Mental hospitals Bombay report 1929-33 - 1929-1933
Year: 1929
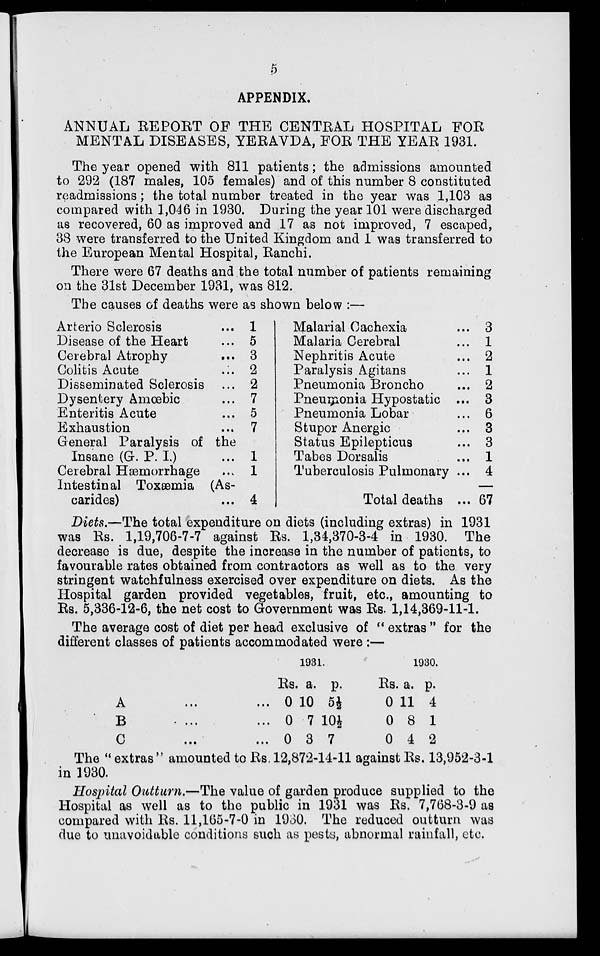
5
APPENDIX.
ANNUAL REPORT OF THE CENTRAL HOSPITAL FOR
MENTAL DISEASES, YERAVDA, FOR THE YEAR 1931.
The year opened with 811 patients; the admissions amounted
to 292 (187 males, 105 females) and of this number 8 constituted
readmissions; the total number treated in the year was 1,103 as
compared with 1,046 in 1930. During the year 101 were discharged
as recovered, 60 as improved and 17 as not improved, 7 escaped,
38 were transferred to the United Kingdom and 1 was transferred to
the European Mental Hospital, Ranchi.
There were 67 deaths and the total number of patients remaining
on the 31st December 1931, was 812.
The causes of deaths were as shown below :—
Arterio Sclerosis ...
Disease of the Heart ...
Cerebral Atrophy ...
Colitis Acute ...
Disseminated Sclerosis ...
Dysentery Amœbic ...
Enteritis Acute ...
Exhaustion ...
General Paralysis of the
Insane (G. P. I.) ...
Cerebral Hæmorrhage ...
Intestinal Toxæmia (As-
carides) ...
1
5
3
2
2
7
5
7
1
1
4
Malarial Cachexia ...
Malaria Cerebral ...
Nephritis Acute ...
Paralysis Agitans ...
Pneumonia Broncho ...
Pneumonia Hypostatic ...
Pneumonia Lobar ...
Stupor Anergic ...
Status Epilepticus ...
Tabes Dorsalis ...
Tuberculosis Pulmonary ...
Total deaths ...
3
1
2
1
2
3
6
3
3
1
4
67
Diets.—The total expenditure on diets (including extras) in 1931
was Rs. 1,19,706-7-7 against Rs. 1,34,370-3-4 in 1930. The
decrease is due, despite the increase in the number of patients, to
favourable rates obtained from contractors as well as to the very
stringent watchfulness exercised over expenditure on diets. As the
Hospital garden provided vegetables, fruit, etc., amounting to
Rs. 5,336-12-6, the net cost to Government was Rs. 1,14,369-11-1.
The average cost of diet per head exclusive of " extras " for the
different classes of patients accommodated were :—
A ... ...
B ... ...
C ... ...
1931.
Rs.
0
0
0
a.
10
7
3
p.
5½
10½
7
1930.
Rs.
0
0
0
a.
11
8
4
p.
4
1
2
The " extras " amounted to Rs. 12,872-14-11 against Rs. 13,952-3-1
in 1930.
Hospital Outturn.—The value of garden produce supplied to the
Hospital as well as to the public in 1931 was Rs. 7,768-3-9 as
compared with Rs. 11,165-7-0 in 1930. The reduced outturn was
due to unavoidable conditions such as pests, abnormal rainfall, etc.